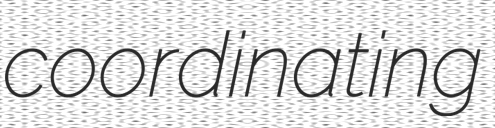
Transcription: coordinating